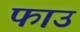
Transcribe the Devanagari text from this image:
फाउ